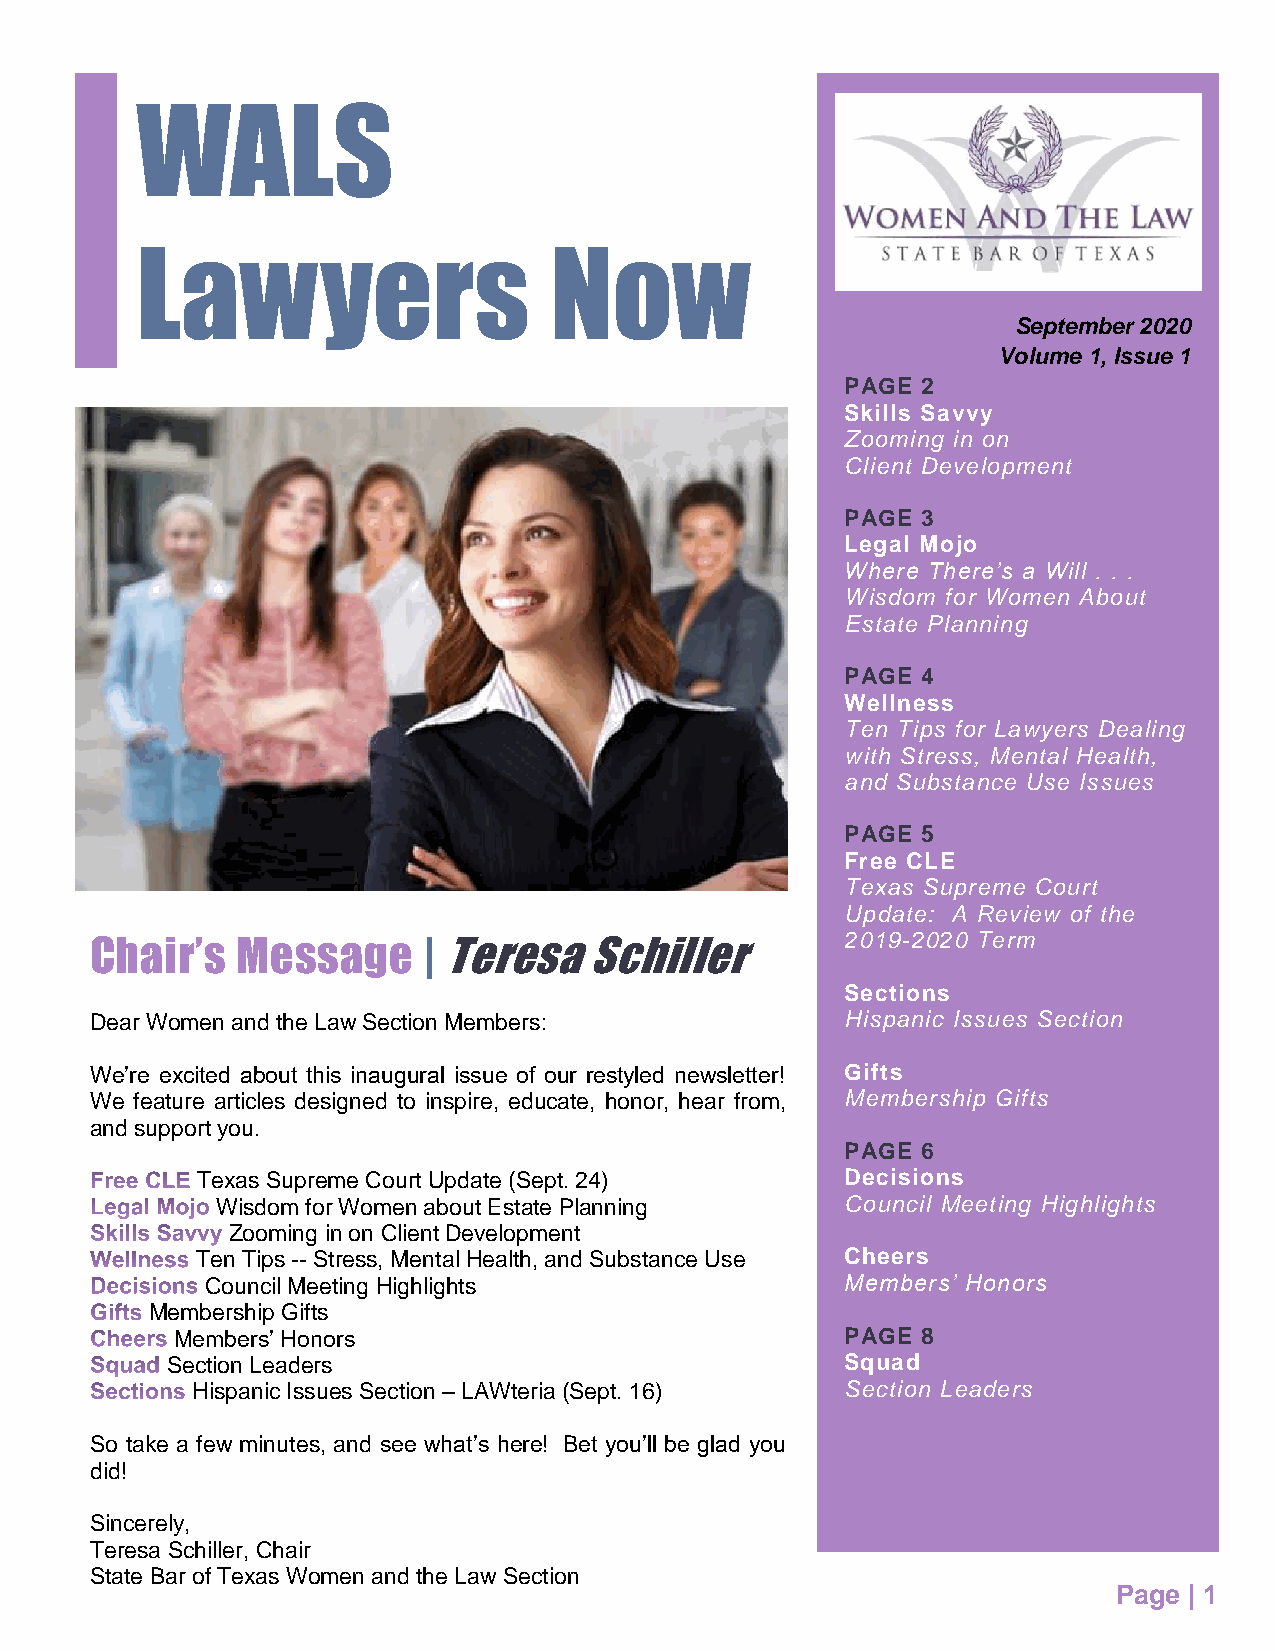
WALS
 Lawyers                    Now
 September 2020
 Volume 1, Issue 1
 PAGE 2
 Skills Savvy
 Zooming in on
 Client Development
 PAGE 3
 Legal Mojo
 Where There’s a Will . . .
 Wisdom for Women About
 Estate Planning
 PAGE 4
 Wellness
 Ten Tips for Lawyers Dealing
 with Stress, Mental Health,
 and Substance Use Issues
 PAGE 5
 Free CLE
 Texas Supreme Court
 Update: A Review of the
 Chair’s   Message     | Teresa   Schiller         2019-2020 Term
 Sections
 Dear Women and the Law Section Members:           Hispanic Issues Section
 We’re excited about this inaugural issue of our restyled newsletter! Gifts
 We feature articles designed to inspire, educate, honor, hear from, Membership Gifts
 and support you.
 PAGE 6
 Texas Supreme Court Update (Sept. 24)      Decisions
 Wisdom for Women about Estate Planning    Council Meeting Highlights
 Zooming in on Client Development
 Ten Tips -- Stress, Mental Health, and Substance Use Cheers
 Council Meeting Highlights                Members’ Honors
 Membership Gifts
 Members’ Honors                             PAGE 8
 Section Leaders                              Squad
 Hispanic Issues Section – LAWteria (Sept. 16) Section Leaders
 So take a few minutes, and see what’s here! Bet you’ll be glad you
 did!
 Sincerely,
 Teresa Schiller, Chair
 State Bar of Texas Women and the Law Section
 Page | 1